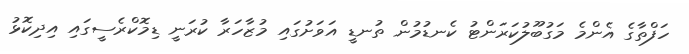
ހަފްތާގެ އެންމެ މަގުބޫލުކަރަންޓު ކެނޑުމުން ތުނޑީ އަވަށުގައި މުޒާހަރާ ކުރަނީ ޑިމޮކްރެސީގައި އިދިކޮޅު